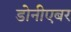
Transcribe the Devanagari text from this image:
डोनीएबर